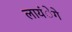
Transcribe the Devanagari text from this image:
लायंेगे